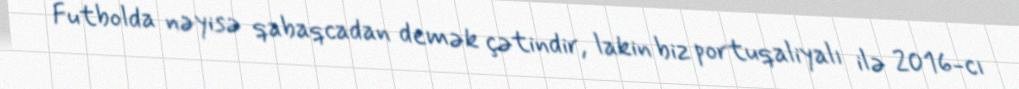
Futbolda nəyisə qabaqcadan demək çətindir, lakin biz portuqaliyalı ilə 2016-cı